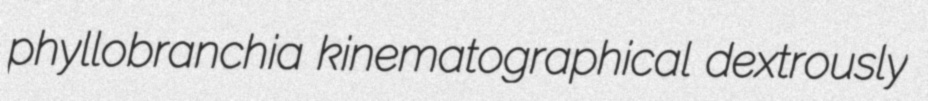
phyllobranchia kinematographical dextrously